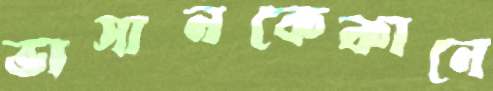
ভাসানকেকানে